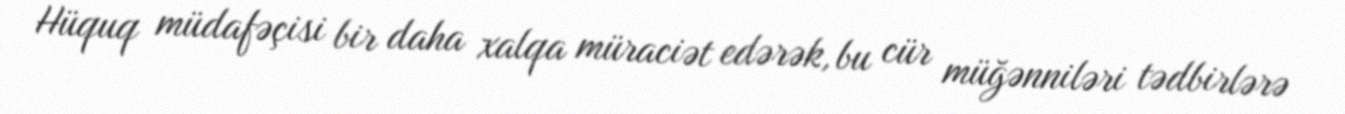
Hüquq müdafəçisi bir daha xalqa müraciət edərək, bu cür müğənniləri tədbirlərə